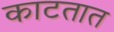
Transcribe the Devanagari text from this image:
काटतात